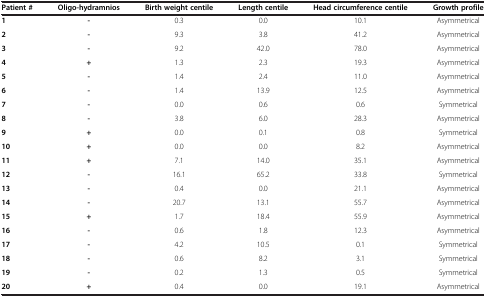
<table><thead><tr><td><b>Patient #</b></td><td><b>Oligo-hydramnios</b></td><td><b>Birth weight centile</b></td><td><b>Length centile</b></td><td><b>Head circumference centile</b></td><td><b>Growth profile</b></td></tr></thead><tbody><tr><td><b>1</b></td><td><b>-</b></td><td>0.3</td><td>0.0</td><td>10.1</td><td>Asymmetrical</td></tr><tr><td><b>2</b></td><td><b>-</b></td><td>9.3</td><td>3.8</td><td>41.2</td><td>Asymmetrical</td></tr><tr><td><b>3</b></td><td><b>-</b></td><td>9.2</td><td>42.0</td><td>78.0</td><td>Asymmetrical</td></tr><tr><td><b>4</b></td><td><b>+</b></td><td>1.3</td><td>2.3</td><td>19.3</td><td>Asymmetrical</td></tr><tr><td><b>5</b></td><td><b>-</b></td><td>1.4</td><td>2.4</td><td>11.0</td><td>Asymmetrical</td></tr><tr><td><b>6</b></td><td><b>-</b></td><td>1.4</td><td>13.9</td><td>12.5</td><td>Asymmetrical</td></tr><tr><td><b>7</b></td><td><b>-</b></td><td>0.0</td><td>0.6</td><td>0.6</td><td>Symmetrical</td></tr><tr><td><b>8</b></td><td><b>-</b></td><td>3.8</td><td>6.0</td><td>28.3</td><td>Asymmetrical</td></tr><tr><td><b>9</b></td><td><b>+</b></td><td>0.0</td><td>0.1</td><td>0.8</td><td>Symmetrical</td></tr><tr><td><b>10</b></td><td><b>+</b></td><td>0.0</td><td>0.0</td><td>8.2</td><td>Asymmetrical</td></tr><tr><td><b>11</b></td><td><b>+</b></td><td>7.1</td><td>14.0</td><td>35.1</td><td>Asymmetrical</td></tr><tr><td><b>12</b></td><td><b>-</b></td><td>16.1</td><td>65.2</td><td>33.8</td><td>Symmetrical</td></tr><tr><td><b>13</b></td><td><b>-</b></td><td>0.4</td><td>0.0</td><td>21.1</td><td>Asymmetrical</td></tr><tr><td><b>14</b></td><td><b>-</b></td><td>20.7</td><td>13.1</td><td>55.7</td><td>Asymmetrical</td></tr><tr><td><b>15</b></td><td><b>+</b></td><td>1.7</td><td>18.4</td><td>55.9</td><td>Asymmetrical</td></tr><tr><td><b>16</b></td><td><b>-</b></td><td>0.6</td><td>1.8</td><td>12.3</td><td>Asymmetrical</td></tr><tr><td><b>17</b></td><td><b>-</b></td><td>4.2</td><td>10.5</td><td>0.1</td><td>Symmetrical</td></tr><tr><td><b>18</b></td><td><b>-</b></td><td>0.6</td><td>8.2</td><td>3.1</td><td>Symmetrical</td></tr><tr><td><b>19</b></td><td><b>-</b></td><td>0.2</td><td>1.3</td><td>0.5</td><td>Symmetrical</td></tr><tr><td><b>20</b></td><td><b>+</b></td><td>0.4</td><td>0.0</td><td>19.1</td><td>Asymmetrical</td></tr></tbody></table>